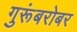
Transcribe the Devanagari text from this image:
गुरूंबरोबर